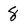
Character: 8